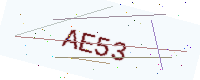
Text: AE53